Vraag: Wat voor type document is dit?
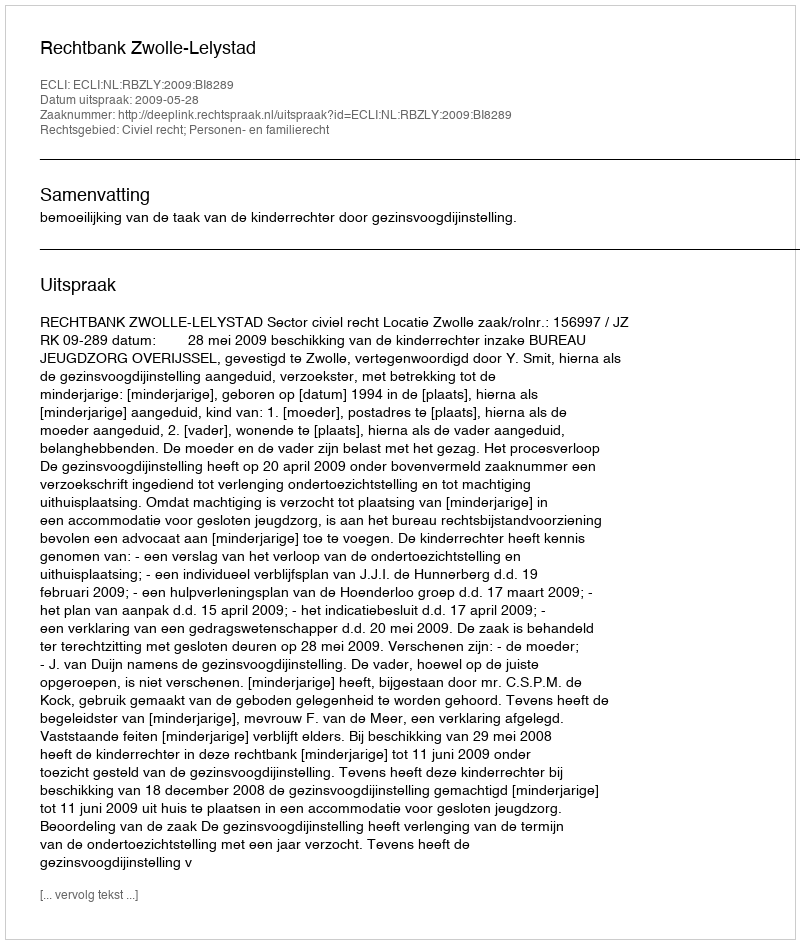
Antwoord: Uitspraak